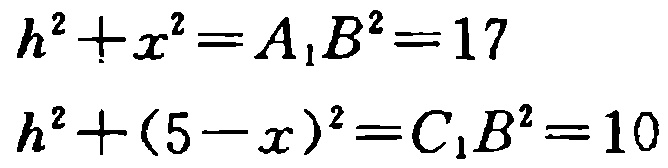
\[

\begin{align*}

h^{2}+x^{2}&=A_{1}B^{2}=17\\

h^{2}+(5 - x)^{2}&=C_{1}B^{2}=10

\end{align*}

\]